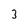
Character: 3